Report of an investigation into the causes of malaria in Bombay and the measures necessary for its control
Disease focus: Malaria
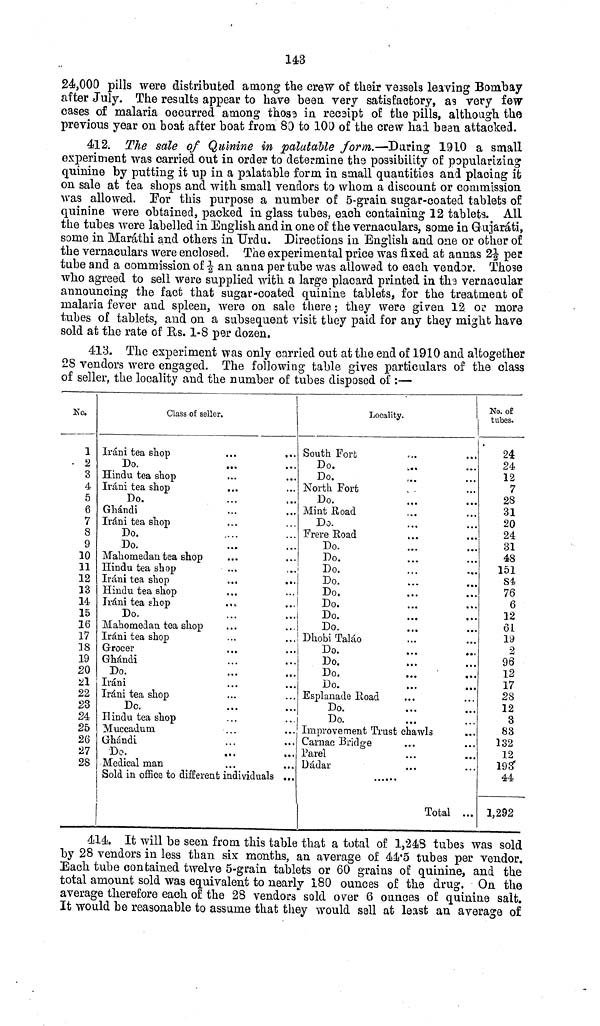
143
24,000 pills were distributed among the crew of their vessels leaving Bombay
after July. The results appear to have been very satisfactory, as very few
cases of malaria occurred among those in receipt of the pills, although the
previous year on boat after boat from 83 to 100 of the crew had bean attacked.
412. The sale of Quinine in palatable form,.— During 1910 a small
experiment was carried out in order to determine the possibility of popularizing
quinine by putting it up in a palatable form in small quantities and placing it
on sale at tea shops and with small vendors to whom a discount or commission
was allowed. For this purpose a number of 5-grain sugar-coated tablets of
quinine were obtained, packed in glass tubes, each containing 12 tablets. All
the tubes were labelled in English and in one of the vernaculars, some in Gujaráti,
some in Maráthi and others in Urdu. Directions in English and one or other of
the vernaculars were enclosed. The experimental price was fixed at annas 2 ½ per
tube and a commission of ½ an anna per tube was allowed to each vendor. Those
who agreed to sell were supplied with a large placard printed in the vernacular
announcing the fact that sugar-coated quinine tablets, for the treatment of
malaria fever and spleen, were on sale there; they were given 12 or more
tubes of tablets, and on a subsequent visit they paid for any they might have
sold at the rate of Us. 1-8 per dozen.
413. The experiment was only carried out at the end of 1910 and altogether
28 vendors were engaged. The following table gives particulars of the class
of seller, the locality and the number of tubes disposed of :—
1
2
3
4
5
6
7
8
9
10
11
12
13
14
15
16
17
18
19
20
21
22
23
24
25
26
27
28
Class of seller.
Irani tea shop
Do.
Hindu tea shop
Irani tea shop
Do.
Ghándi
Iráni tea shop
Do.
Do.
Mahomedan tea shop
Hindu tea shop
Irani tea shop
...
...
Hindu tea shop
Irani tea shop
Do.
Mahomedan tea shop
Irani tea shop
Grocer
Ghándi
Do.
Irani
Iráni tea shop
Do.
Hindu tea shop
Muccadum
Ghándi
Do.
Medical man
Sold in office to different individuals ...
Locality.
South Fort
Do.
Do.
North Fort
Do.
Mint Road
Do.
Frere Road
Do.
Do.
Do.
Do.
Do.
Do.
Do.
Do.
Dhobi Taláo
Do.
Do.
Do.
Do.
Esplanade Road
Do.
Do.
Improvement Trust chawls
Carnac Bridge
Parel
Dádar
Total ...
No. of
tubes.
24
24
12
7
28
31
20
24
31
48
151
84
76
6
12
61
19
2
96
12
17
28
12
3
83
132
12
193*
44
1,292
414. It will be seen from this table that a total of 1,243 tubes was sold
by 28 vendors in less than six months, an average of 4-1.5 tubes per vendor.
Each tube contained twelve 5-grain tablets or 60 grains of quinine, and the
total amount sold was equivalent to nearly 180 ounces of the drug. On the
average therefore each of the 28 vendors sold over 6 ounces of quinine salt.
It would be reasonable to assume that they would sail at least an average of